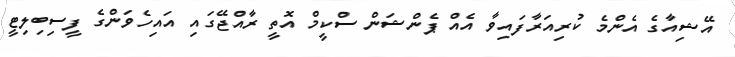
އޭޝިއާގެ އެންމެ ކުރިއަރާފައިވާ އެއް ޕެންޝަން ސްކީމް އޮތީ ރާއްޖޭގައި އައިހެވަންގެ ފީސިބިލިޓީ